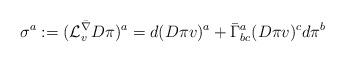
LaTeX: \begin{align*}\sigma^a:=(\mathcal L^{\bar\nabla}_v D \pi)^a= d(D\pi v)^a+\bar\Gamma^a_{bc}(D\pi v)^cd\pi^b\end{align*}